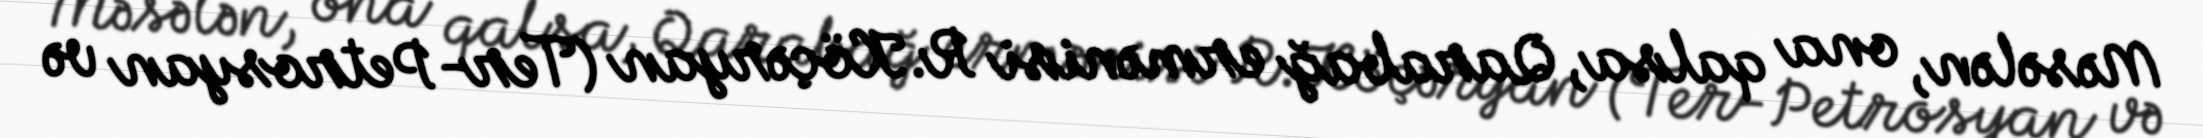
Məsələn, ona qalsa, Qarabağ ermənisi R.Köçəryan (Ter-Petrosyan və